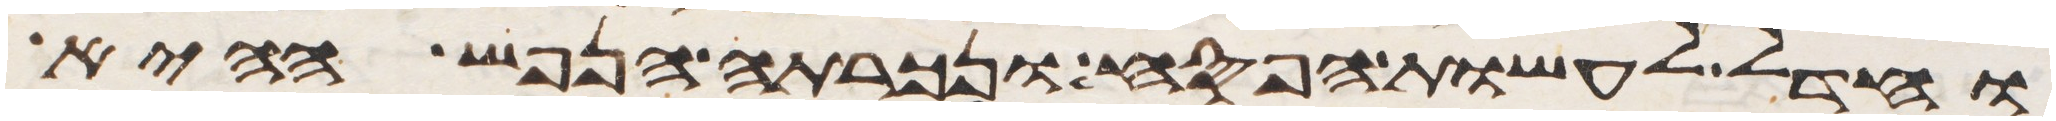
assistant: וחדל לעשות הפסח ונכרתה הנפש ההיא